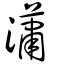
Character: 瀟